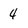
Character: 4